Lunatic asylums Punjab 1881-1894 - 1881-1894
Year: 1881
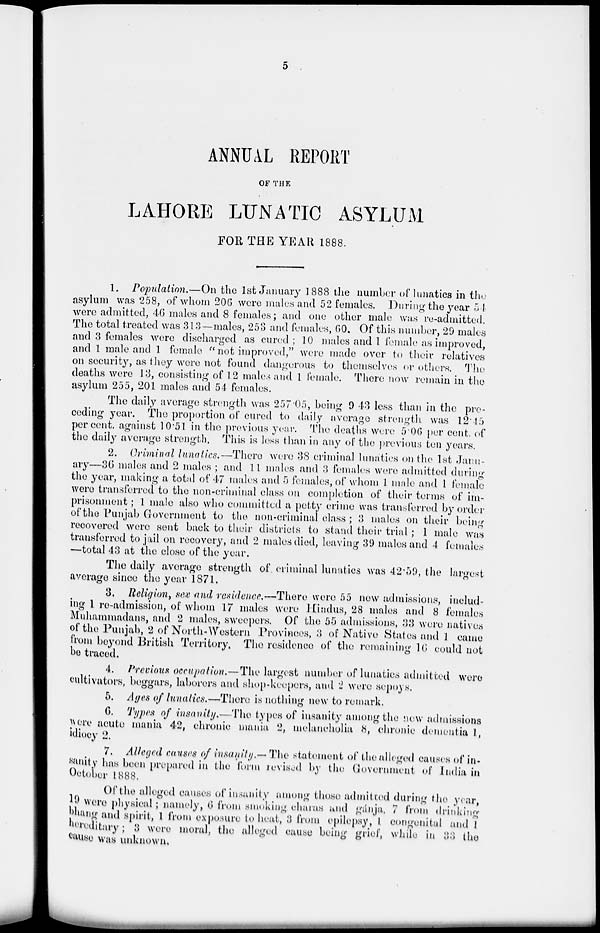
5
ANNUAL REPORT
OF THE
LAHORE LUNATIC ASYLUM
FOR THE YEAR 1888.
1. Population.—On the 1st January 1888 the number of lunatics in the
asylum was 258, of whom 206 were males and 52 females. During the year 54
were admitted, 46 males and 8 females ; and one other male was re-admitted.
The total treated was 313—males, 253 and females, 60, Of this number, 29 males
and 3 females were discharged as cured; 10 males and 1 female as improved,
and 1 male and 1 female " not improved," were made over to their relatives
on security, as they were not found dangerous to themselves or others. The
deaths were 13, consisting of 12 males and 1 female. There now remain in the
asylum 255, 201 males and 54 females.
The daily average strength was 257.05, being 9 43 less than in the pre-
ceding year. The proportion of cured to daily average strength was 12.45
percent. against 10.51 in the previous year. The deaths were 5.06 per cent, of
the daily average strength, This is less than in any of the previous ten years.
2. Criminal lunatics.—There were 38 criminal lunatics on the 1st Janu-
ary—36 males and 2 males ; and 11 males and 3 females were admitted during
the year, making a total of 47 males and 5 females, of whom 1 male and 1 female
were transferred to the non-criminal class on completion of their terms of im-
prisonment ; 1 male also who committed a petty crime was transferred by order
of the Punjab Government to the non-criminal class ; 3 males on their being
recovered wore sent back to their districts to stand their trial ; 1 male was
transferred to jail on recovery, and 2 males died, leaving 39 males and 4 females
—total 43 at the close of the year.
The daily average strength of criminal lunatics was 42.59, the largest
average since the year 1871.
3. Religion, sex and residence.—There were 55 new admissions, includ-
ing 1 re-admission, of whom 17 males were Hindus, 28 males and 8 females
Muhammadans, and 2 males, sweepers. Of the 55 admissions, 33 were natives
of the Punjab, 2 of North-Western Provinces, 3 of Native States and 1 came
from beyond British Territory, The residence of the remaining 16 could not
be traced.
4. Previous occupation.—The largest number of lunatics admitted were
cultivators, beggars, laborers and shop-keepers, and 2 were sepoys.
5. Ages of lunatics.—There is nothing new to remark.
6. Types of insanity.—The types of insanity among the now admissions
were acute mania 42, chronic mania 2, melancholia 8, chronic dementia 1,
idiocy 2.
7. Alleged causes of insanity.— The statement of the alleged causes of in-
sanity has been prepared in the form revised by the Government of India in
October 1888.
Of the alleged causes of insanity among those admitted during the year,
19 were physical; namely, 6 from smoking charas and gánja, 7 from drinking
bhang and spirit, 1 from exposure to heat, 3 from epilepsy, 1 congenital and 1
hereditary; 3 were moral, the alleged cause being grief, while in 33 the
cause was unknown.